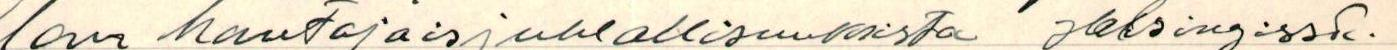
lan hautajaisjuhlallisuuksista Helsingissä.